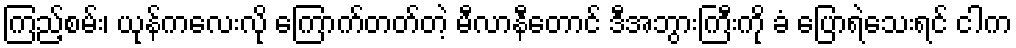
ကြည့်စမ်း၊ ယုန်ကလေးလို ကြောက်တတ်တဲ့ မီလာနီတောင် ဒီအဘွားကြီးကို ခံ ပြောရဲသေးရင် ငါက